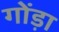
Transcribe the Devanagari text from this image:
गोंड़ा